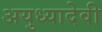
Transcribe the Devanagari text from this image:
अयुध्यादेवी